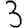
Digit: 3